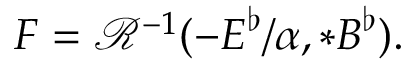
F = \mathcal { R } ^ { - 1 } ( - \boldsymbol { E } ^ { \flat } / \alpha , * \boldsymbol { B } ^ { \flat } ) .